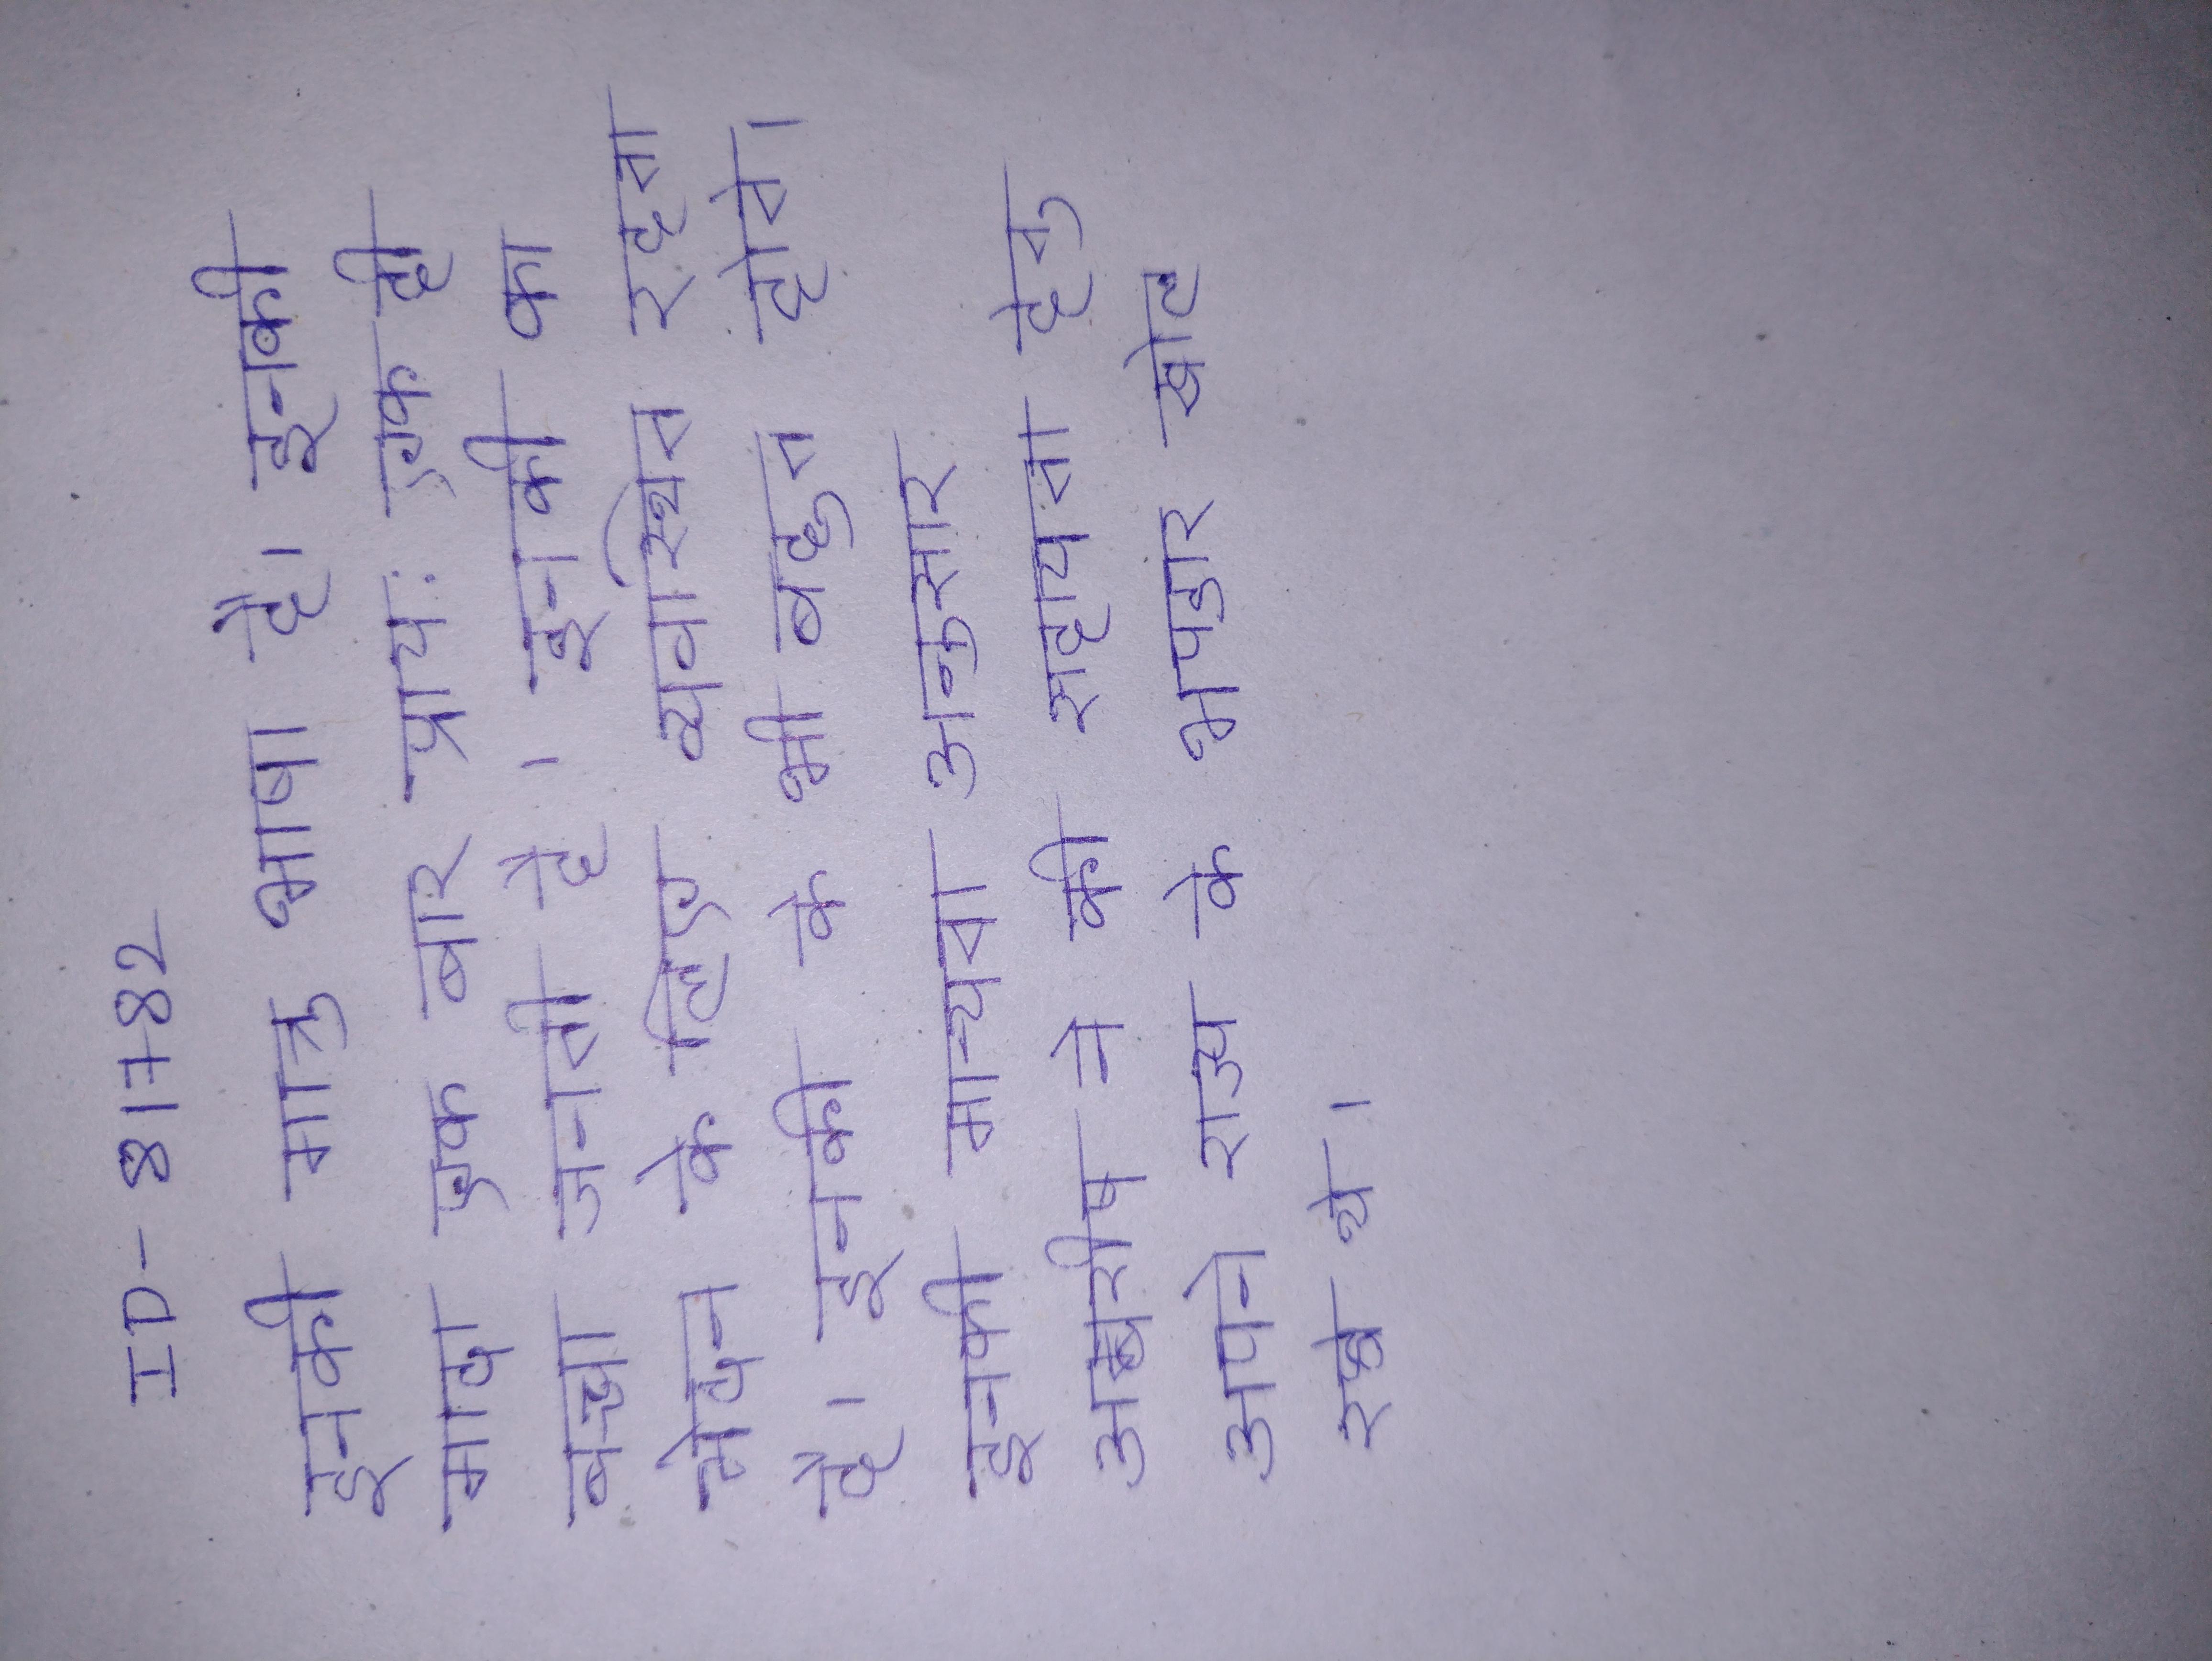
इनकी मात्रु भाषा है । इनकी मादा एक बार प्राय: एक ही बच्चा जनती है । इनकी का भेदन के लिए व्यवस्थित रहता है । इनकी के भी बहुत होते । इनकी मान्यता अनुसार अम्बरीष ने की सहायता हेतु अपने राज्य के भण्डार खोल रखे थे ।